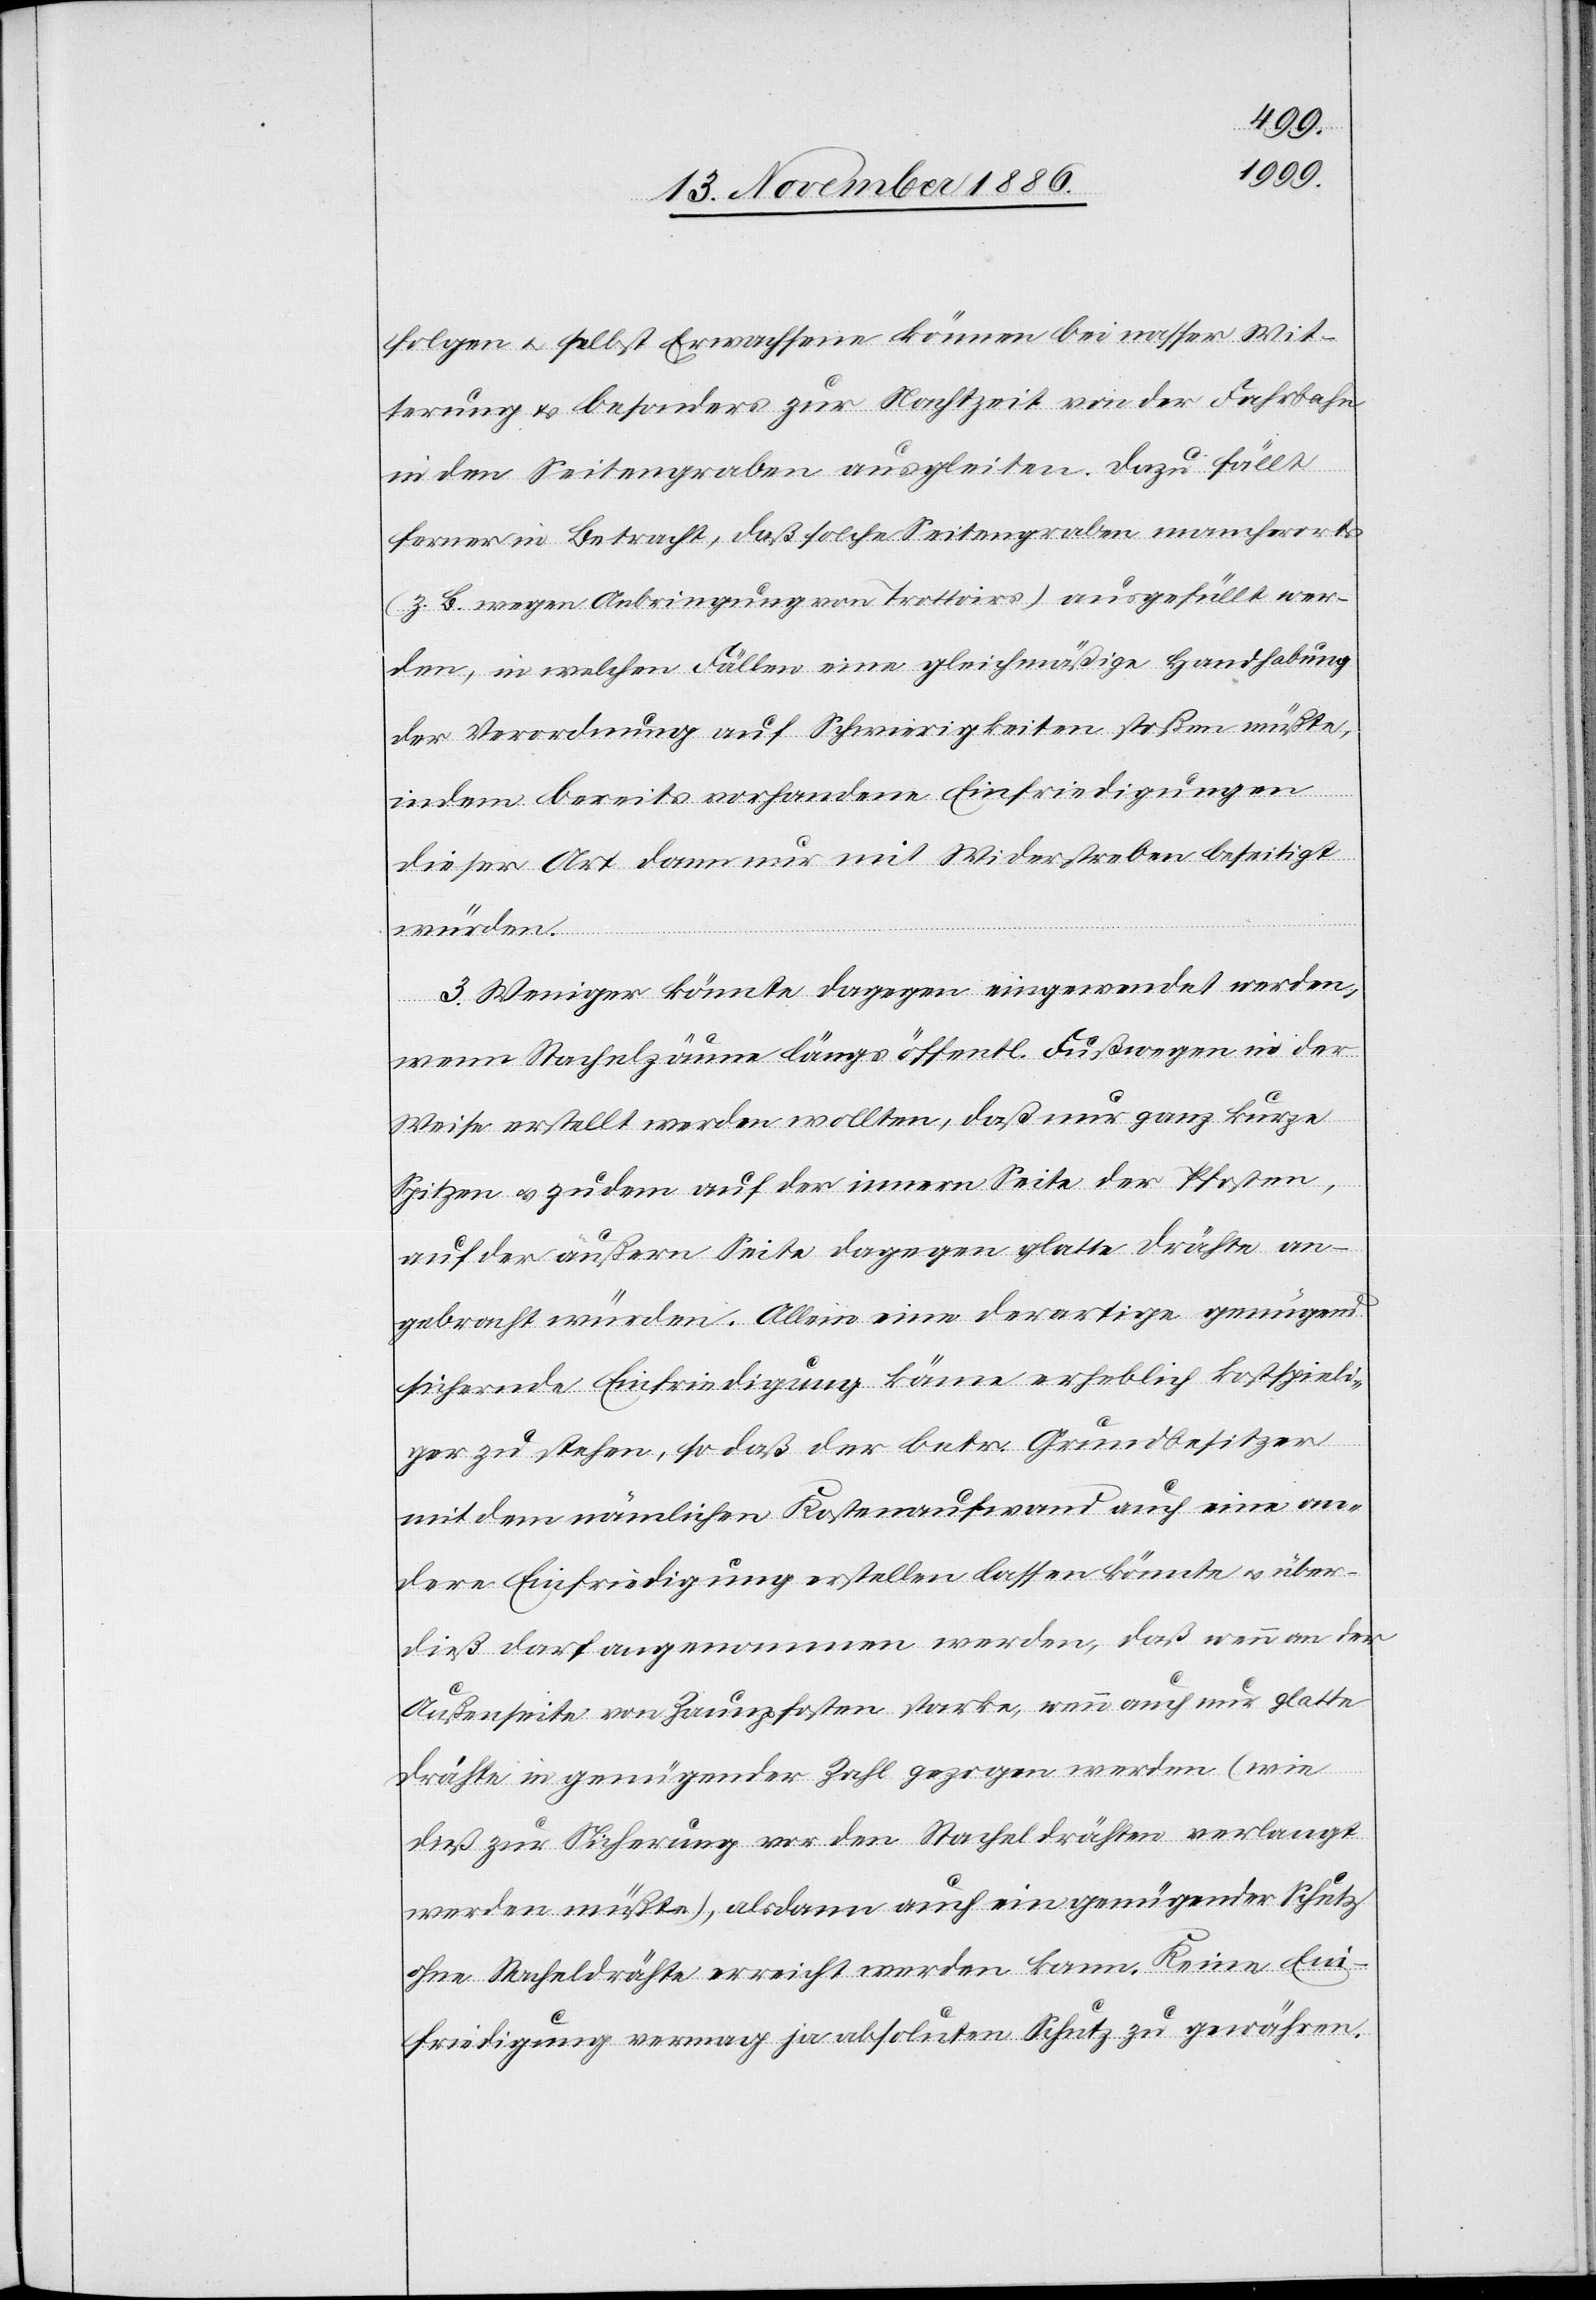
folgen & selbst Erwachsene können bei nasser Wit¬
terung & besonders zur Nachtzeit von der Fahrbahn
in den Seitengraben ausgleiten. Dazu fällt
ferner in Betracht, daß solche Seitengraben mancherorts
(z. B. wegen Anbringung von Trottoirs) ausgefüllt wer¬
den, in welchen Fällen eine gleichmäßige Handhabung
der Verordnung auf Schwierigkeiten stoßen müßte,
indem bereits vorhandene Einfriedigungen
dieser Art dann nur mit Widerstreben beseitigt
würden.
3. Weniger könnte dagegen eingewendet werden,
wenn Stachelzäune längs öffentl. Fußwegen in der
Weise erstellt werden wollten, daß nur ganz kurze
Spitzen & zudem auf der innern Seite der Pfosten,
auf der äußern Seite dagegen glatte Drähte an¬
gebracht würden. Allein eine derartige genügend
sichernde Einfriedigung käme erheblich kostspieli¬
ger zu stehen, so daß der betr. Grundbesitzer
mit dem nämlichen Kostenaufwand auch eine an¬
dere Einfriedigung erstellen lassen könnte & über¬
dieß darf angenommen werden, daß wenn an der
Außenseite von Zaunpfosten starke, wenn auch nur glatte
Drähte in genügender Zahl gezogen werden (wie
dieß zur Sicherung vor den Stacheldrähten verlangt
werden müßte), alsdann auch ein genügender Schutz
ohne Stacheldrähte erreicht werden kann. Keine Ein¬
friedigung vermag ja absoluten Schutz zu gewähren.